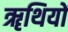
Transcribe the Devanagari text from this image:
ॠथियों